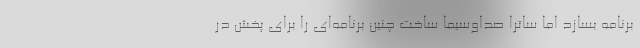
برنامه بسازد اما ساترا صداوسیما ساخت چنین برنامه‌ای را برای پخش در